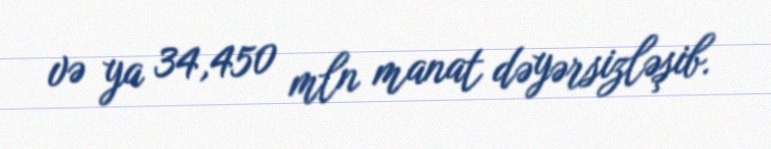
və ya 34,450 mln manat dəyərsizləşib.